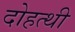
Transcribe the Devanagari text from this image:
दोहत्थी